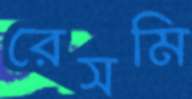
রেসমি